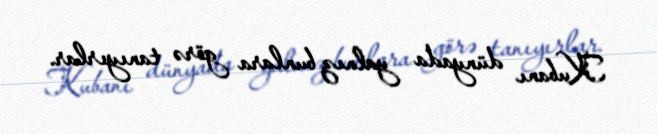
Kubanı dünyada yalnız bunlara görə tanıyırlar.